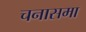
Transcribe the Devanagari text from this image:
चनासमा